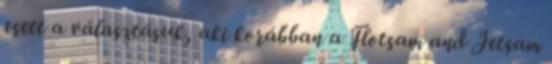
esett a választásuk, aki korábban a Flotsam and Jetsam